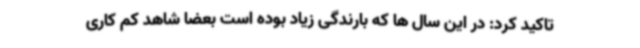
تاکید کرد: در این سال ها که بارندگی زیاد بوده است بعضا شاهد کم کاری